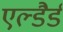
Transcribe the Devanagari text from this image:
एल्डैर्ड